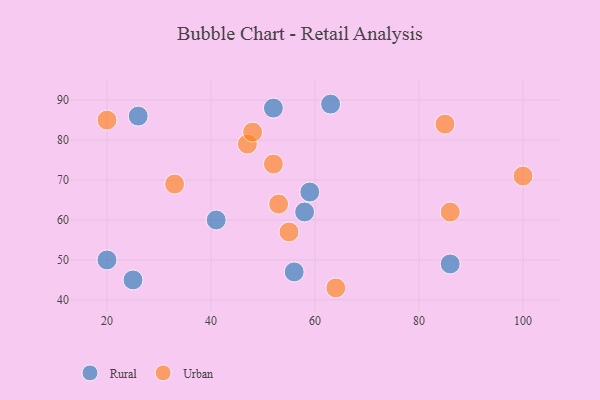
{"axis": {"x": "GDP", "y": "Life Expectancy"}, "legend": ["Rural", "Urban"], "data": [{"x": "41", "y": 60, "type": "Rural"}, {"x": "63", "y": 89, "type": "Rural"}, {"x": "25", "y": 45, "type": "Rural"}, {"x": "56", "y": 47, "type": "Rural"}, {"x": "86", "y": 49, "type": "Rural"}, {"x": "59", "y": 67, "type": "Rural"}, {"x": "20", "y": 50, "type": "Rural"}, {"x": "26", "y": 86, "type": "Rural"}, {"x": "52", "y": 88, "type": "Rural"}, {"x": "58", "y": 62, "type": "Rural"}, {"x": "47", "y": 79, "type": "Urban"}, {"x": "64", "y": 43, "type": "Urban"}, {"x": "86", "y": 62, "type": "Urban"}, {"x": "53", "y": 64, "type": "Urban"}, {"x": "48", "y": 82, "type": "Urban"}, {"x": "100", "y": 71, "type": "Urban"}, {"x": "20", "y": 85, "type": "Urban"}, {"x": "85", "y": 84, "type": "Urban"}, {"x": "33", "y": 69, "type": "Urban"}, {"x": "52", "y": 74, "type": "Urban"}, {"x": "55", "y": 57, "type": "Urban"}]}